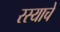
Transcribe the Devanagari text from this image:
रस्याचे